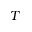
T